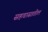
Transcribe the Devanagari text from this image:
सहवासातील